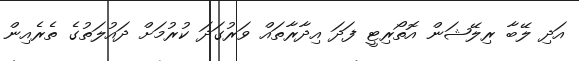
އަދި ލޭބާ ރިލޭޝަން އޮތޯރިޓީ ފަދަ އިދާރާތައް ވަރުގަދަ ކުރުމަށް ދައުލަތުގެ ތެރެއިން